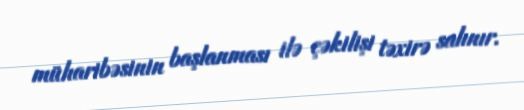
müharibəsinin başlanması ilə çəkilişi təxirə salınır.